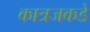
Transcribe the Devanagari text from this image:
कात्रजकडे